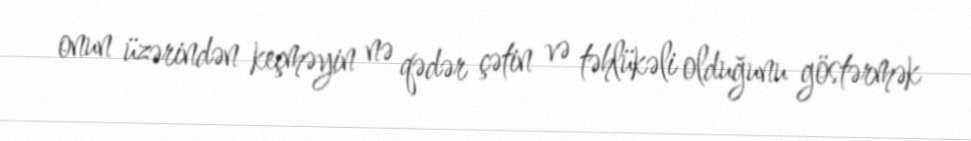
onun üzərindən keçməyin nə qədər çətin və təhlükəli olduğunu göstərmək